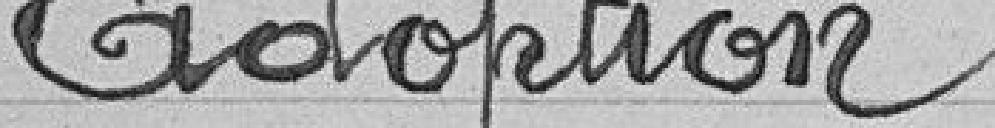
Adoption